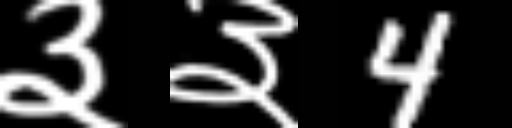
Text: ३३4